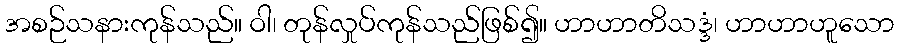
အစဉ်သနားကုန်သည်။ ဝါ၊ တုန်လှုပ်ကုန်သည်ဖြစ်၍။ ဟာဟာတိသဒ္ဒံ၊ ဟာဟာဟူသော